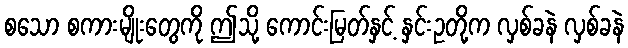
စသော စကားမျိုးတွေကို ဤသို့ ကောင်းမြတ်နှင့် နှင်းဥတို့က လှစ်ခနဲ လှစ်ခနဲ